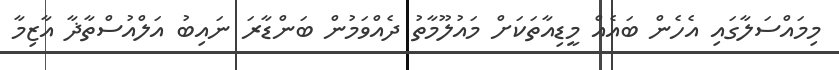
މިމައްސަލާގައި އެހެން ބައެއް މީޑިއާތަކަށް މައުލޫމާތު ދެއްވަމުން ބަންޑާރަ ނައިބު އަލްއުސްތާޛާ އާޒިމާ